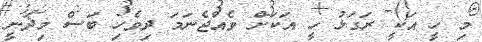
މި ހީ އަކީ ރަގަޅު ހީ އަކަށް ވެއްޖެނަމަ ދިވެހި ބަސް މިދަނީ